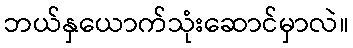
ဘယ်နှယောက်သုံးဆောင်မှာလဲ။